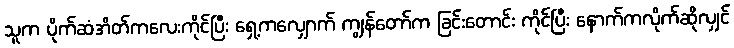
သူက ပိုက်ဆံအိတ်ကလေးကိုင်ပြီး ရှေ့ကလျှောက် ကျွန်တော်က ခြင်းတောင်း ကိုင်ပြီး နောက်ကလိုက်ဆိုလျှင်